Source: Handwritten
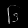
Digit: ၆ (6)